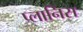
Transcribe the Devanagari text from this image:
प्लानिस